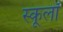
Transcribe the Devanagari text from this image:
स्कूलॉ